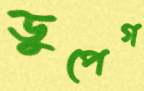
ডুপেগ